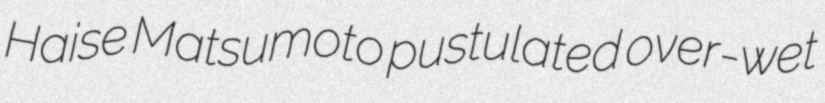
Haise Matsumoto pustulated over-wet